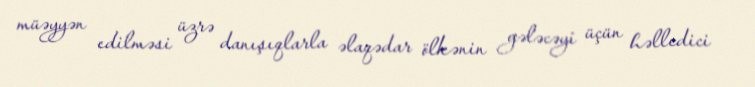
müəyyən edilməsi üzrə danışıqlarla əlaqədar ölkənin gələcəyi üçün həlledici